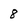
Character: 8